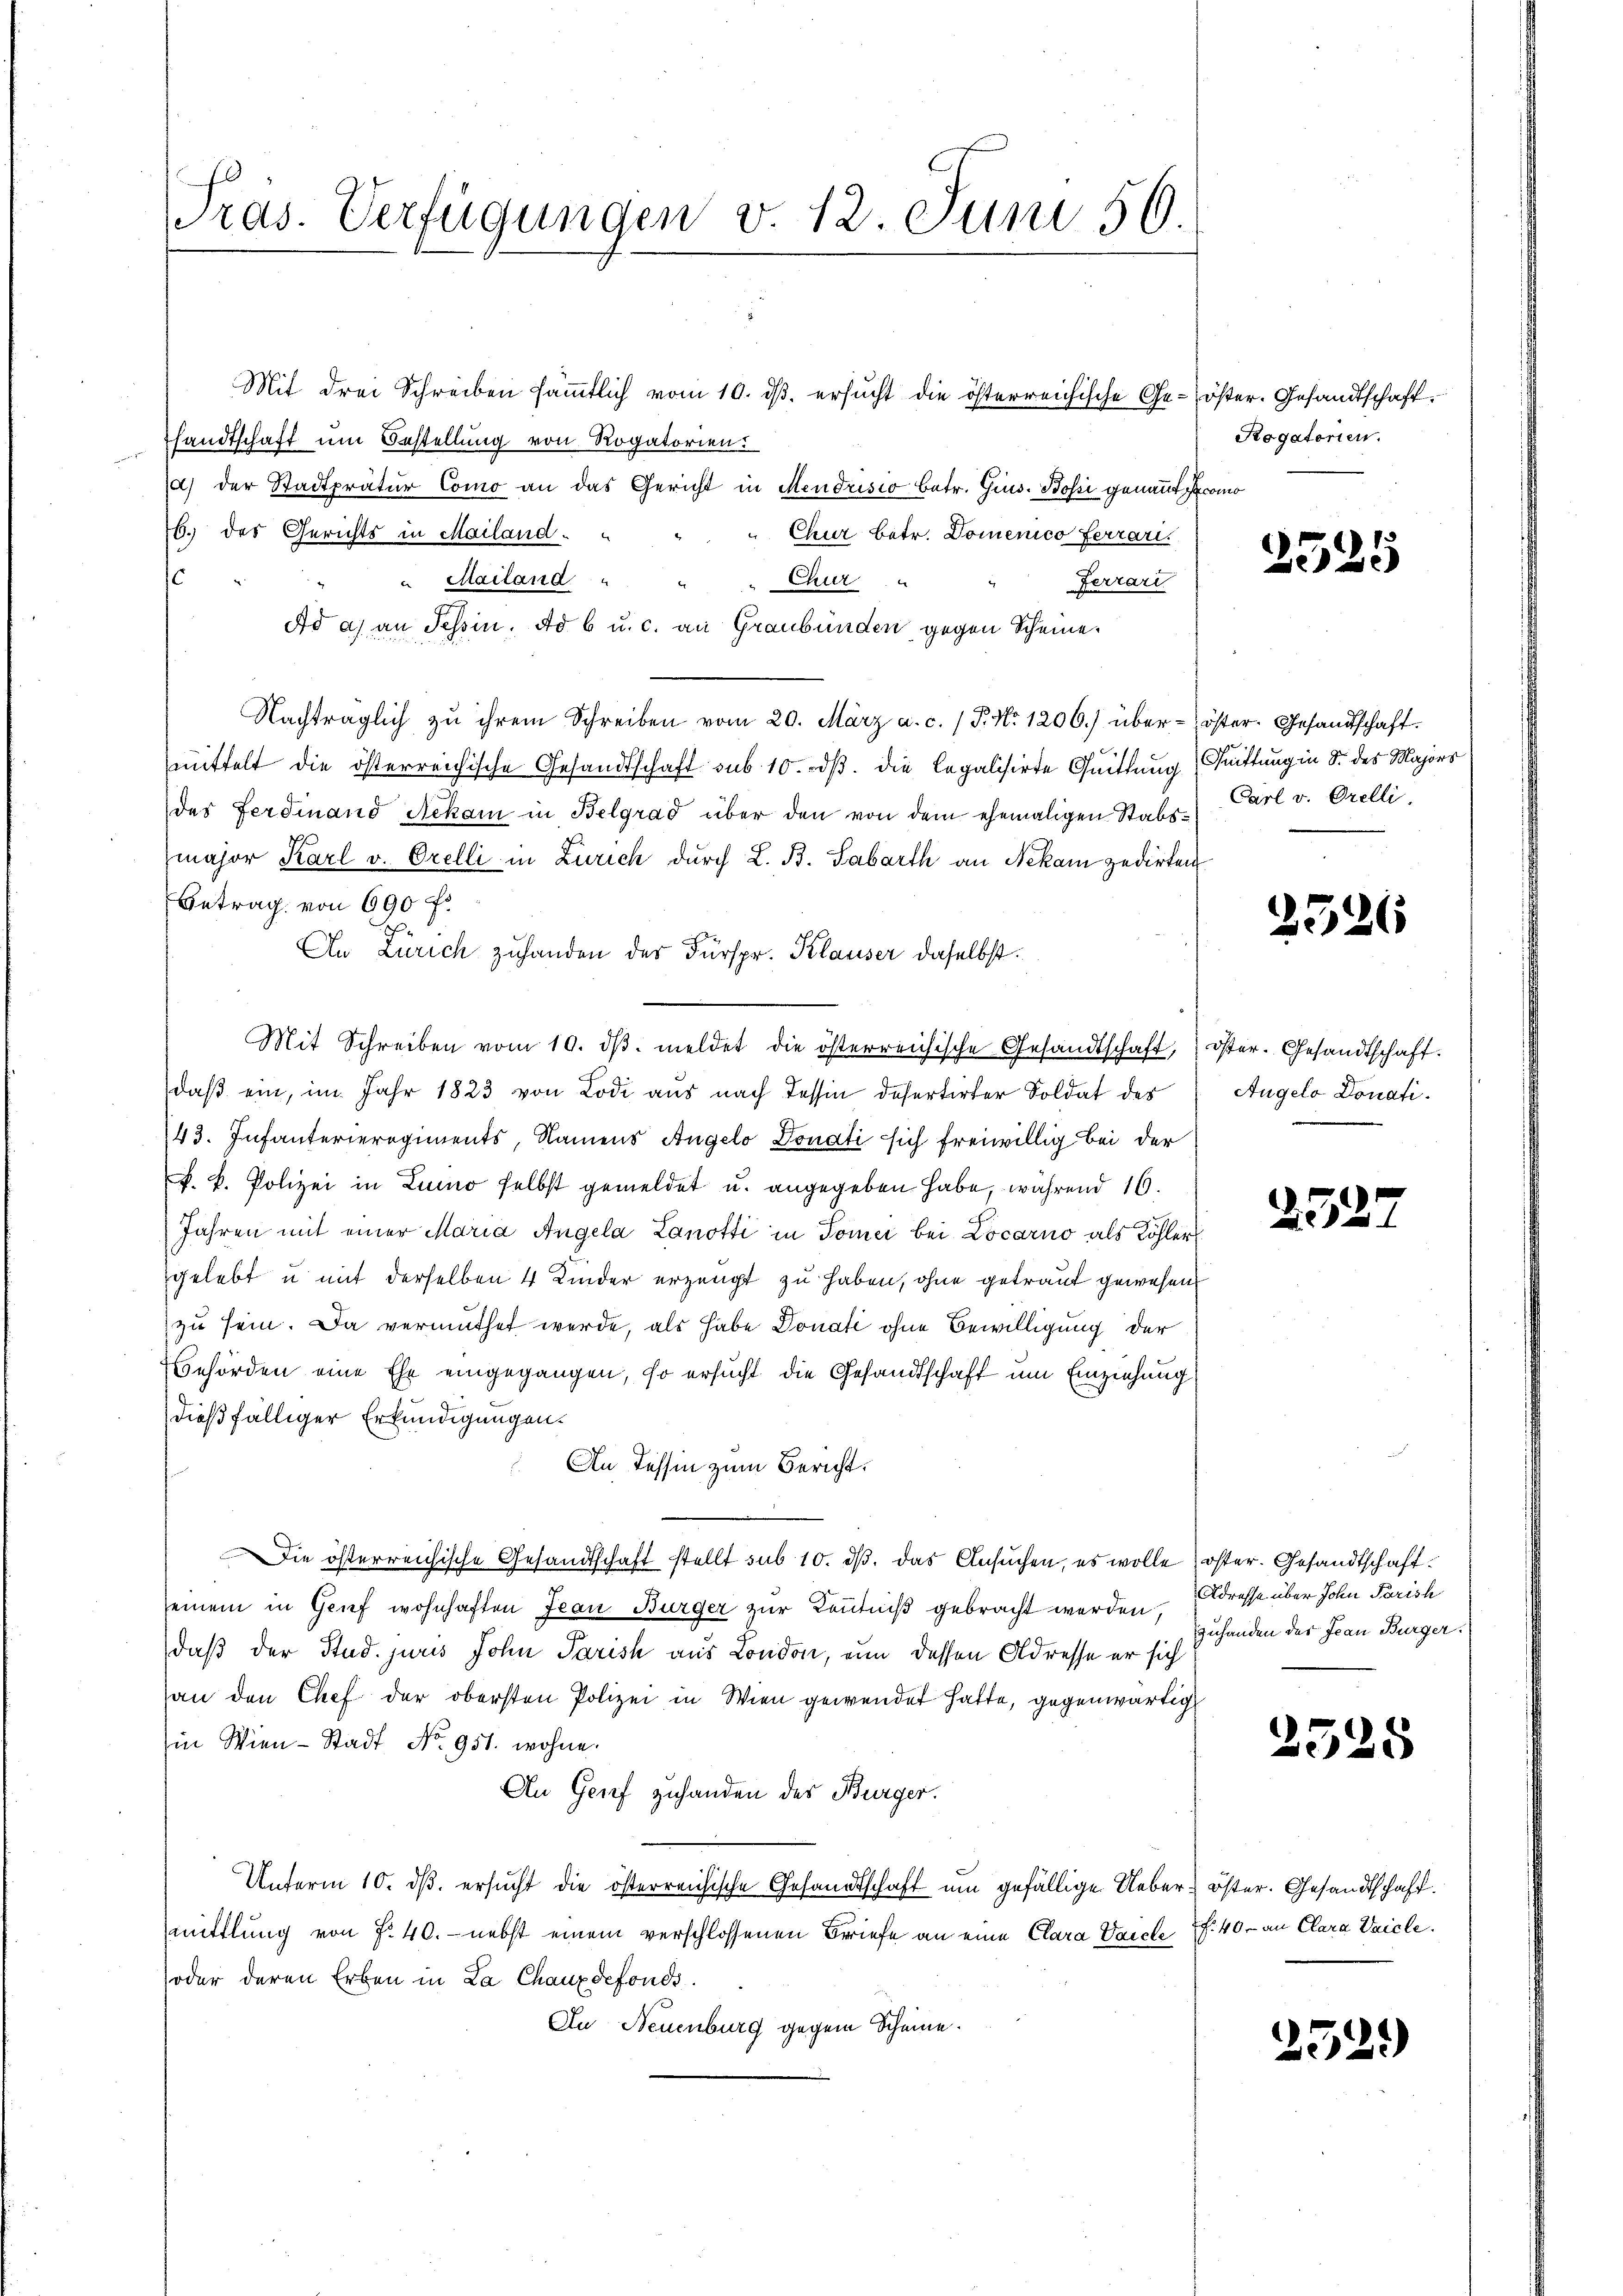
Präs. Verfügungen v. 12. Juni 56.

Mit drei Schreiben sämmtlich vom 10. dβ. ersucht die österreichische Ge-öster. Gesandtschaft
sandtschaft um Bestellung von Rogatorien.
d) der Stadtpratur Como an das Gericht in Mendrisio betr. Gius. Bossi genannt secono
6. des Gerichts in Mailand.
Chur betr. Domenico ferrari.
s
" Mailand " " " Chur "
Ferrari
Ad a) an Tessin, No 6 u. c. an Graubünden, gegen Scheine
Nachträglich zu ihrem Schreiben vom 20. März a. c. / P. Nr. 1206.) über- öster. Gesandtschaft
mittelt die österreichische Gesandtschaft sub 10. dβ. die legalisirte Quittung (Kuittung in S. des Majors
des Ferdinand Nekam in Belgrad über den von dem ehemaligen Stabsmajor Karl v. Orelli in Zürich durch L. B. Sabarth an Nekam zedirten
Betrag von 690 f.
An Zürich zuhanden des Fürspr. Klauser daselbst.
Mit Schreiben vom 10. dβ. meldet die österreichische Gesandtschaft, öster. Gesandtschaft.
daβ ein, im Jahr 1823 von Lodi aus nach Tessin desertirter Soldat des
43. Infanterieregiments, Namens Angelo Donati sich freiwillig bei der
k. k. Polizei in Lumo selbst gemeldet u. angegeben habe, während 16.
Jahren mit einer Maria Angela Lanotti in Tomer bei Locarno als Köhler
gelebt u mit derselben 4 Kinder erzeugt zu haben, ohne getraut gewesen
zu sein. Da vermuthet werde, als habe Donati ohne Bewilligung der
Behörden eine Ehe eingegangen, so ersucht die Gesandtschaft um Einziehung
dießfälliger Erkundigungen.
An Tessin zum Bericht.
Die österreichische Gesandtschaft stellt sub 10. ds. das Ansuchen, es wolle öster. Gesandtschafteinem in Grief wohnhaften Jean Bürger zur Kenntniß gebracht werden, Adresse über John Parisch
daß der Stud. juris John Parist aus London, nun dessen Adresse er sich
an den Chef der obersten Polizei in Wien gewendet hatte, gegenwärtig
in Wien - Stadt No 951. wohne.
An Genf zuhanden des Bürger.
Unterm 10. dβ. ersucht die österreichische Gesandtschaft um gefällige Ueberöster. Gesandtschaft.
mittlung von §. 40. - nebst einem verschlossenen Briefe an eine Clara Vaicle 7 f. 40. an Clara Vaicle
soder deren Erben in La Chauxdefonds.
In Neuenburg gegen Scheine.

Rogatorien.

2529

Carl v. Orelli.

2526

Angelo Donati.

23.

zuhanden des Jean Bürger.

2525

252.)